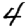
Digit: 4